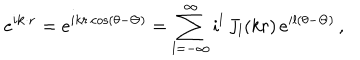
e ^ { i { \bf k \cdot r } } = e ^ { i k r \cos ( \theta - \Theta ) } = \sum _ { l = - \infty } ^ { \infty } i ^ { l } \, J _ { l } ( k r ) \, e ^ { i l ( \theta - \Theta ) } \, ,